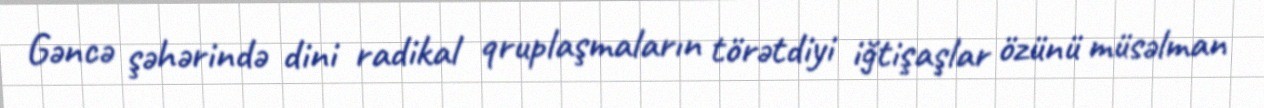
Gəncə şəhərində dini radikal qruplaşmaların törətdiyi iğtişaşlar özünü müsəlman